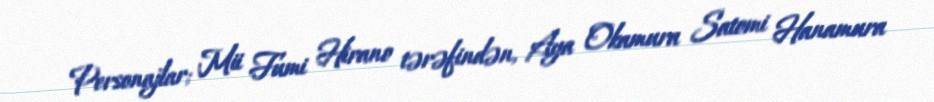
Personajlar; Mii Fumi Hirano tərəfindən, Aya Okamura Satomi Hanamura